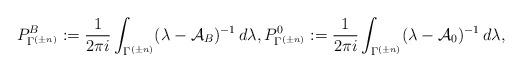
LaTeX: \begin{align*}P_{\Gamma^{(\pm n)}}^{B}:=\frac{1}{2\pi i}\int_{\Gamma^{(\pm n)}}(\lambda-{\mathcal A}_B)^{-1}\, d\lambda, P_{\Gamma^{(\pm n)}}^{0}:=\frac{1}{2\pi i}\int_{\Gamma^{(\pm n)}}(\lambda-{\mathcal A}_0)^{-1}\, d\lambda,\end{align*}